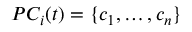
P C _ { i } ( t ) = \{ c _ { 1 } , \ldots , c _ { n } \}